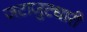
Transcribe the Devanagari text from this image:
जटाजुटधारी